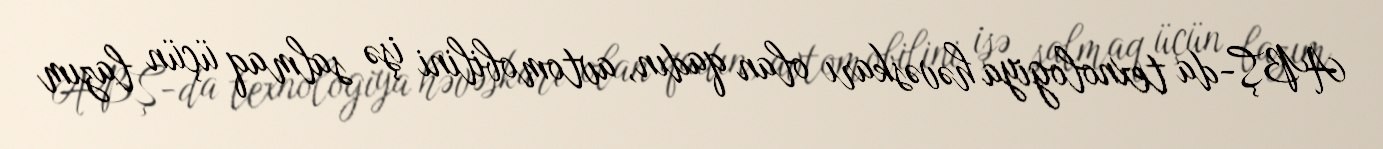
ABŞ-da texnologiya həvəskarı olan qadın, avtomobilini işə salmaq üçün lazım